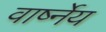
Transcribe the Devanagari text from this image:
वार्ष्नेय